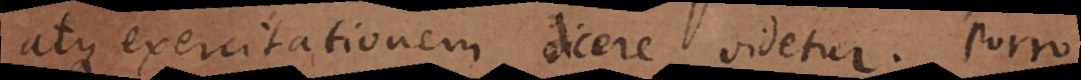
atque exercitationem dicere videtur. Porro